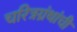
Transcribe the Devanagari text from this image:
चरित्रग्रंथांची